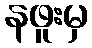
နဖူးမှ